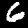
Digit: 6